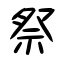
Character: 祭